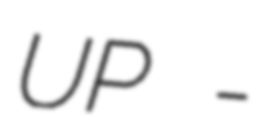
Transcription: UP -